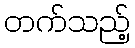
တက်သည့်